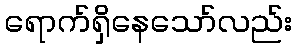
ရောက်ရှိနေသော်လည်း